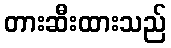
တားဆီးထားသည်